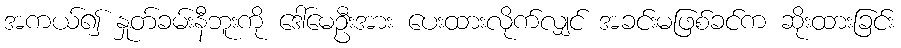
အကယ်၍ နှုတ်ခမ်းနီဘူးကို ဒေါ်မေဦးအား ပေးထားလိုက်လျှင် အခင်းမဖြစ်ခင်က ဆိုးထားခြင်း